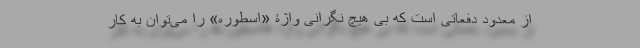
از معدود دفعاتی است که بی هیچ نگرانی واژۀ «اسطوره» را می‌توان به کار